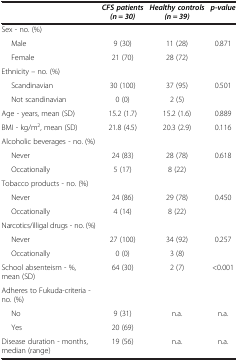
<table><thead><tr><td><b> </b></td><td><b><i>CFS patients (n = 30)</i></b></td><td><b><i>Healthy controls (n = 39)</i></b></td><td><b><i>p-value</i></b></td></tr></thead><tbody><tr><td>Sex - no. (%)</td><td> </td><td> </td><td> </td></tr><tr><td>Male</td><td>9 (30)</td><td>11 (28)</td><td>0.871</td></tr><tr><td>Female</td><td>21 (70)</td><td>28 (72)</td><td> </td></tr><tr><td>Ethnicity – no. (%)</td><td> </td><td> </td><td> </td></tr><tr><td>Scandinavian</td><td>30 (100)</td><td>37 (95)</td><td>0.501</td></tr><tr><td>Not scandinavian</td><td>0 (0)</td><td>2 (5)</td><td> </td></tr><tr><td>Age - years, mean (SD)</td><td>15.2 (1.7)</td><td>15.2 (1.6)</td><td>0.889</td></tr><tr><td>BMI - kg/m<sup>2</sup>, mean (SD)</td><td>21.8 (4.5)</td><td>20.3 (2.9)</td><td>0.116</td></tr><tr><td>Alcoholic beverages - no. (%)</td><td> </td><td> </td><td> </td></tr><tr><td>Never</td><td>24 (83)</td><td>28 (78)</td><td>0.618</td></tr><tr><td>Occationally</td><td>5 (17)</td><td>8 (22)</td><td> </td></tr><tr><td>Tobacco products - no. (%)</td><td> </td><td> </td><td> </td></tr><tr><td>Never</td><td>24 (86)</td><td>29 (78)</td><td>0.450</td></tr><tr><td>Occationally</td><td>4 (14)</td><td>8 (22)</td><td> </td></tr><tr><td>Narcotics/illigal drugs - no. (%)</td><td> </td><td> </td><td> </td></tr><tr><td>Never</td><td>27 (100)</td><td>34 (92)</td><td>0.257</td></tr><tr><td>Occationally</td><td>0 (0)</td><td>3 (8)</td><td> </td></tr><tr><td>School absenteism - %, mean (SD)</td><td>64 (30)</td><td>2 (7)</td><td>&lt;0.001</td></tr><tr><td>Adheres to Fukuda-criteria - no. (%)</td><td> </td><td> </td><td> </td></tr><tr><td>No</td><td>9 (31)</td><td>n.a.</td><td>n.a.</td></tr><tr><td>Yes</td><td>20 (69)</td><td> </td><td> </td></tr><tr><td>Disease duration - months, median (range)</td><td>19 (56)</td><td>n.a.</td><td>n.a.</td></tr></tbody></table>